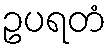
ဥပရတံ